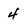
Character: 4